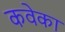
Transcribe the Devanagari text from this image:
कवेका